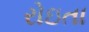
રોઇતા